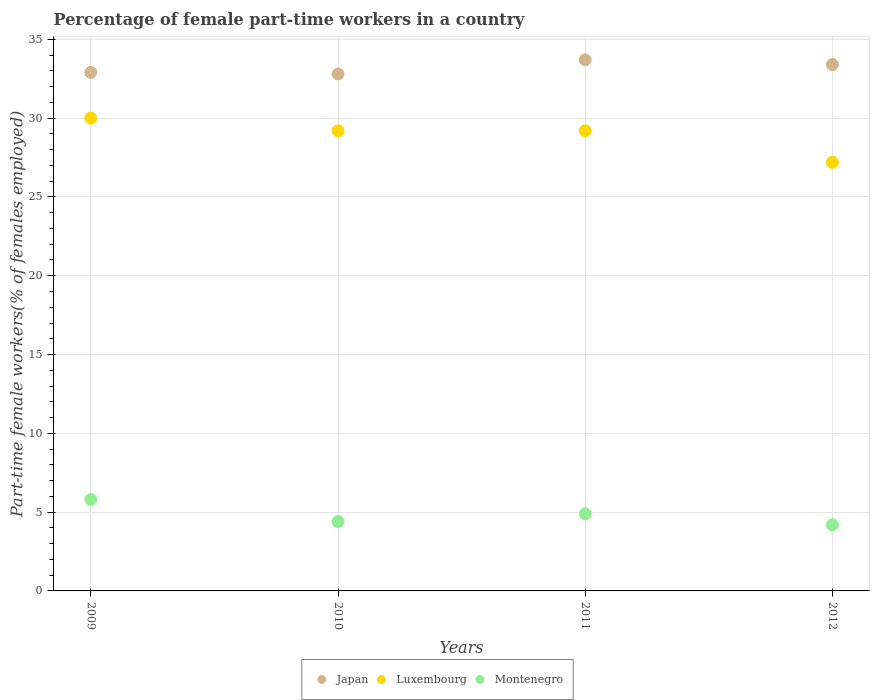
| Years | Japan | Luxembourg | Montenegro |
 | --- | --- | --- | --- |
 | 2009 | 32.9 | 30 | 5.8 |
 | 2010 | 32.8 | 29.2 | 4.4 |
 | 2011 | 33.7 | 29.2 | 4.9 |
 | 2012 | 33.4 | 27.2 | 4.2 |